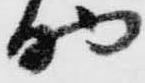
助